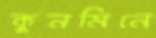
কুনমিনে